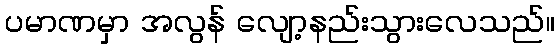
ပမာဏမှာ အလွန် လျော့နည်းသွားလေသည်။